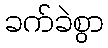
ခက်ခဲစွာ